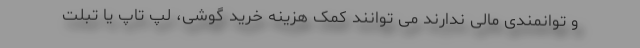
و توانمندی مالی ندارند می توانند کمک هزینه خرید گوشی، لپ تاپ یا تبلت